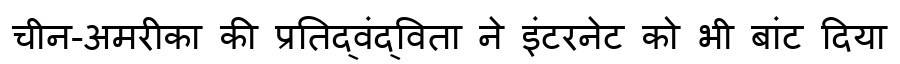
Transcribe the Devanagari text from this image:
चीन-अमरीका की प्रतिद्वंद्विता ने इंटरनेट को भी बांट दिया